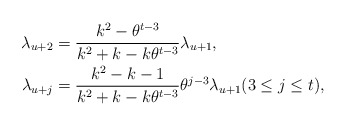
\begin{align*}\lambda_{u+2}&=\frac{k^2-\theta^{t-3}}{k^2+k-k\theta^{t-3}}\lambda_{u+1},\\\lambda_{u+j}&=\frac {k^2-k-1}{k^2+k-k\theta^{t-3}}\theta^{j-3}\lambda_{u+1}(3\le j\le t),\end{align*}